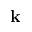
\mathbf { k }